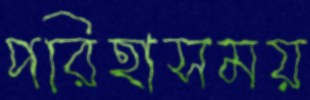
পরিহাসময়